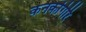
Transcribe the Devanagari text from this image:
कनकगिरि